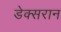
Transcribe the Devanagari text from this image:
डेक्सरान